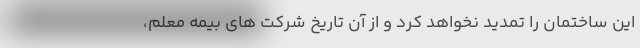
این ساختمان را تمدید نخواهد کرد و از آن تاریخ شرکت های بیمه معلم،